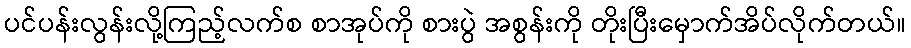
ပင်ပန်းလွန်းလို့ကြည့်လက်စ စာအုပ်ကို စားပွဲ အစွန်းကို တိုးပြီးမှောက်အိပ်လိုက်တယ်။